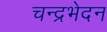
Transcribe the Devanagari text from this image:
चन्द्रभेदन